Indian journal of veterinary science and animal husbandry - Volume 14,
Year: 1944
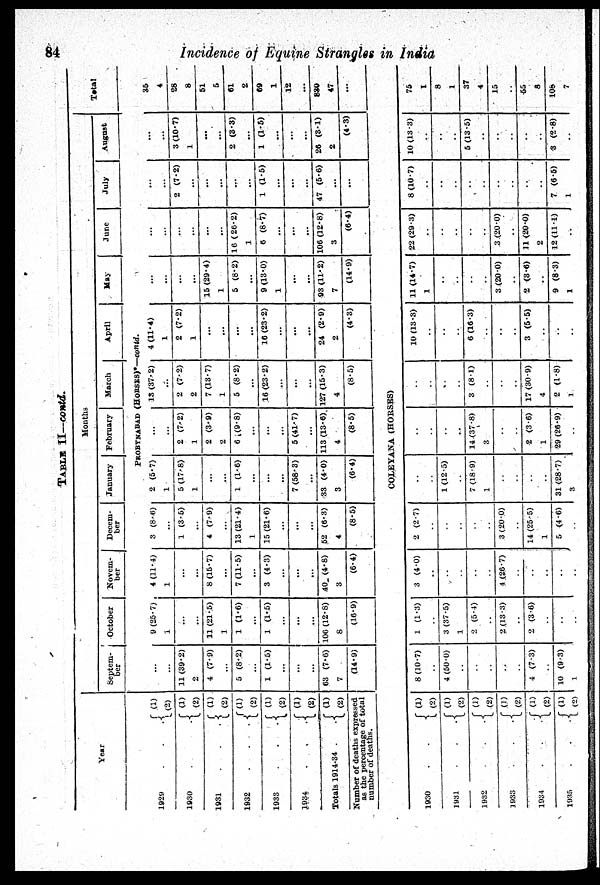
84
Incidence of Equine Strangles in India
TABLE II—contd.
Year
1929 . . .
1930 . . .
1931 . . .
1932 . . .
1933 . . .
1934 . . .
Totals 1914-34 . .
(1)
(2)
(1)
(2)
(1)
(2)
(1)
(2)
(1)
(2)
(1)
(2)
(1)
(2)
Number of deaths expressed
as the percentage of total
number of deaths.
1930 . . .
1931 . . .
1932 . . .
1933 . . .
1934 . . .
1935 . . .
Months
Septem-
ber
October
Novem-
ber
Decem-
ber
January
February
March
April
May
June
July
August
Total
PROBYNABAD
(HORSES)*—Contd.
...
...
11 (39.2)
2
4 (7.9)
...
5 (8.2)
...
1 (1.5)
...
...
...
63 (7.6)
7
(14.9)
9 (25.7)
1
...
...
11 (21.5)
1
1 (1.6)
...
1 (1.5)
...
...
...
106 (12.8)
8
(16.9)
4 (11.4)
1
...
...
8 (15.7)
...
7 (11.5)
...
3 (4.3)
...
...
...
40 (4.8)
3
(6.4)
3 (8.6)
...
1 (3.5)
...
4 (7.9)
...
13 (21.4)
1
15 (21.6)
...
...
...
52 (6.3)
4
(8.5)
2 (5.7)
1
5 (17.8)
1
...
...
1 (1.6)
...
...
...
7 (58.3)
...
33 (4.0)
3
(6.4)
...
...
2 (7.2)
1
2 (3.9)
2
6 (9.8)
...
...
...
5 (41.7)
...
113 (13.6)
4
(8.5)
13 (37.2)
...
2 (7.2)
2
7 (13.7)
1
5 (8.2)
...
16 (23.2)
...
...
...
127 (15.3)
4
(8.5)
4 (11.4)
1
2 (7.2)
1
...
...
...
...
16 (23.2)
...
...
24 (2.9)
2
(4.3)
...
...
...
...
15 (29.4)
1
5 (8.2)
...
9 (13.0)
1
...
...
93 (11.2)
7
(14.9)
...
...
...
...
...
...
16 ( 26.2)
1
6 (8.7)
...
...
...
106 (12.8)
3
(6.4)
...
...
2 (7.2)
...
...
...
...
...
1 (1.5)
...
...
...
47 (5.6)
...
...
...
...
3 (10.7)
1
...
...
2 (3.3)
...
1 (1.5)
...
...
...
26 (3.1)
2
(4.3)
35
4
28
8
51
5
61
2
69
1
12
...
830
47
...
COLEYANA (HORSES)
(1)
(2)
(1)
(2)
(1)
(2)
(1)
(2)
(1)
(2)
(1)
(2)
8 (10.7)
..
4 (50.0)
..
..
..
..
..
4 (7.3)
..
10 (9.3)
1
1 (1.3)
..
3 (37.5)
1
2 (5.4)
..
2 (13.3)
..
2 (3.6)
..
..
..
3 (4.0)
..
..
..
..
..
4 (26.7)
..
..
..
..
..
2 (2.7)
..
..
..
..
..
3 (20.0)
..
14 (25.5)
1
5 (4.6)
..
..
..
1 (12.5)
..
7 (18-9)
1
..
..
..
..
31 (28.7)
3
..
..
..
..
14 (37.8)
3
..
..
2 (3.6)
1
29 (26.9)
..
..
..
..
..
3 (8.1)
..
..
..
17 (30.9)
4
2 (1.8)
1
10 (13.3)
..
..
..
6 (16.3)
..
..
..
3 (5.5)
..
..
..
11 (14.7)
1
..
..
..
..
3 (20.0)
..
2 (3.6)
..
9 (8.3)
1
22 (29.3)
..
..
..
..
..
3 (20.0)
..
11 (20.0)
2
12 (11.1)
..
8 (10.7)
..
..
..
..
..
..
..
..
..
7 (6.5)
1
10 (13.3)
..
..
..
5 (13.5)
..
..
..
..
..
3 (2.8)
..
75
1
8
1
37
4
15
..
55
8
108
7